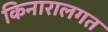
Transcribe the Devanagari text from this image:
किनारालगत